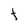
Character: f